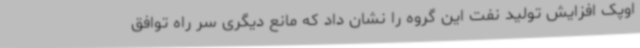
اوپک افزایش تولید نفت این گروه را نشان داد که مانع دیگری سر راه توافق